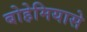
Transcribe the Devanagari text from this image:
बोहेमियासे